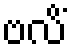
ဗလိံ